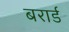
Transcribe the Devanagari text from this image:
बरार्ड